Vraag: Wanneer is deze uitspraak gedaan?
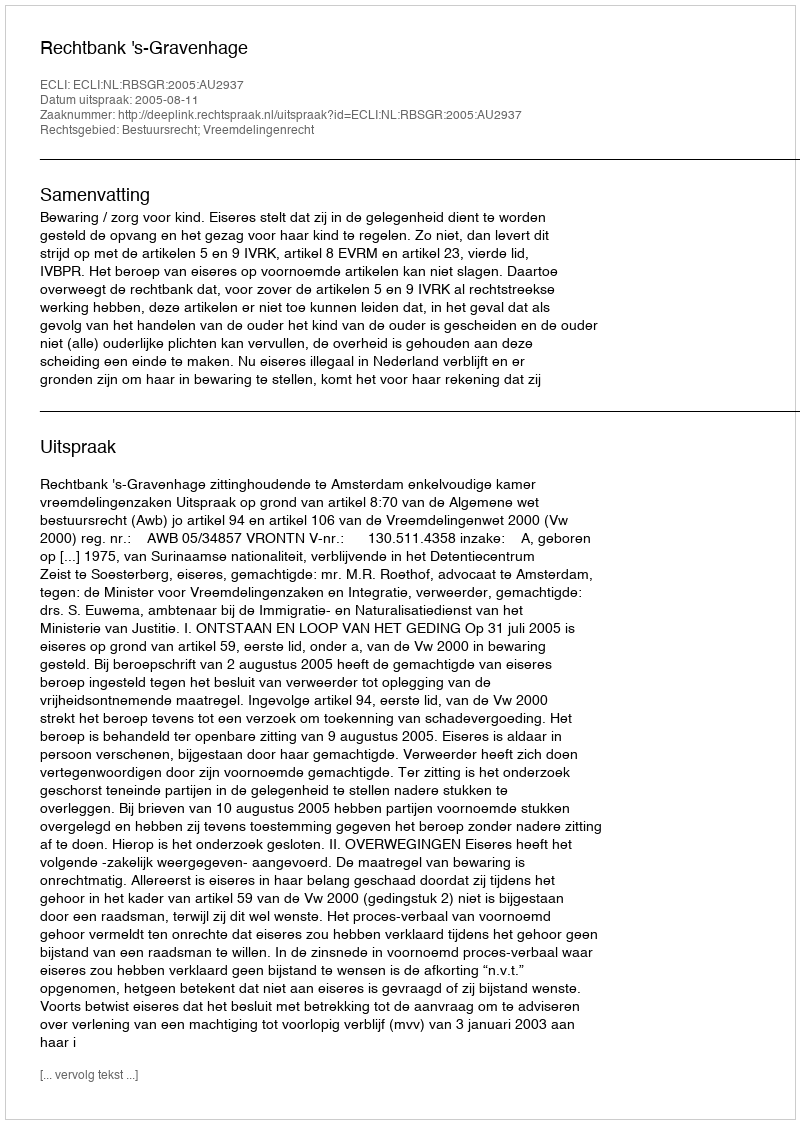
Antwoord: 2005-08-11